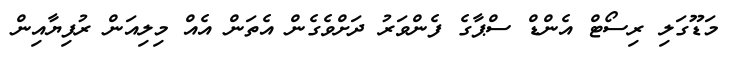
މަޑޫގަލި ރިސޯޓް އެންޑް ސްޕާގެ ފެންވަރު ދަށްވެގެން އެތަން އެއް މިލިއަން ރުފިޔާއިން